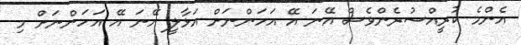
އެންމެ ކުރީއްސުރެންވެސް އޭނަ އޭ އަހަންނަށް އަޅާލީ އޭނަ އޭ އަހަންނަށް މި